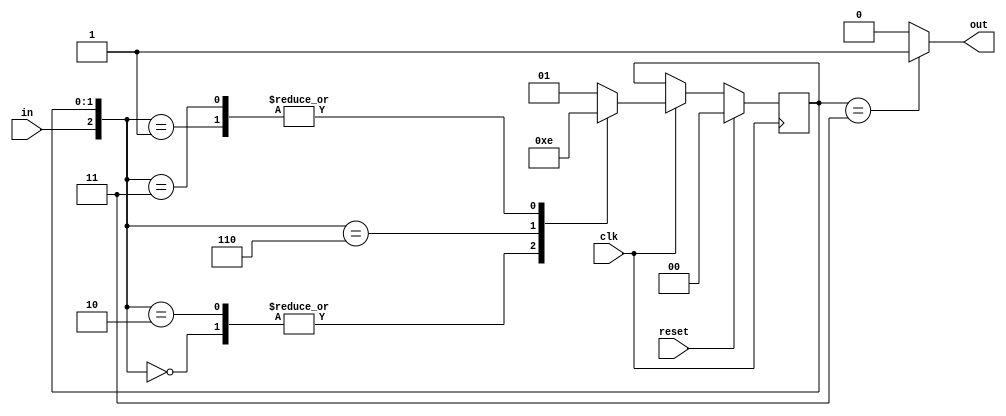
/*

Copyright 2022 Marc Ketel
SPDX-License-Identifier: Apache-2.0

*/

`default_nettype none

module top_module (
    input  wire clk,
    input  wire in,
    input  wire reset,
    output reg  out
);

  parameter A = 2'h0, B = 2'h1, C = 2'h2, D = 2'h3;
  reg [1:0] state, next_state;

  //Determine next state.
  always @(*) begin
    case ({
      in, state
    })
      {1'b0, A} : next_state = A;
      {1'b0, B} : next_state = C;
      {1'b0, C} : next_state = A;
      {1'b1, C} : next_state = D;
      {1'b0, D} : next_state = C;
      default: next_state = B;
    endcase
  end

  //State transition.
  always @(posedge clk) begin
    if (reset) state <= A;
    else if (clk) begin
      state <= next_state;
    end
  end

  //Determine output.
  always @(*) begin
    case (state)
      D: out = 1'b1;
      default: out = 1'b0;
    endcase
  end
endmodule